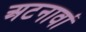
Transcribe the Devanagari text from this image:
अटनावां